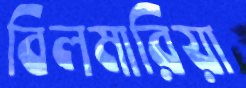
বিলমারিয়া